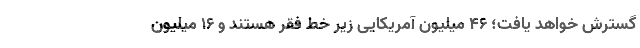
گسترش خواهد یافت؛ ۴۶ میلیون آمریکایی زیر خط فقر هستند و ۱۶ میلیون